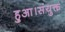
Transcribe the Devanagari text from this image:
हुआ।संयुक्त